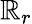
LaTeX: \mathbb{R}_{r}